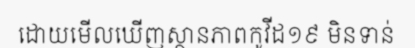
ដោយមើលឃើញស្ថានភាពកូវីដ១៩ មិនទាន់